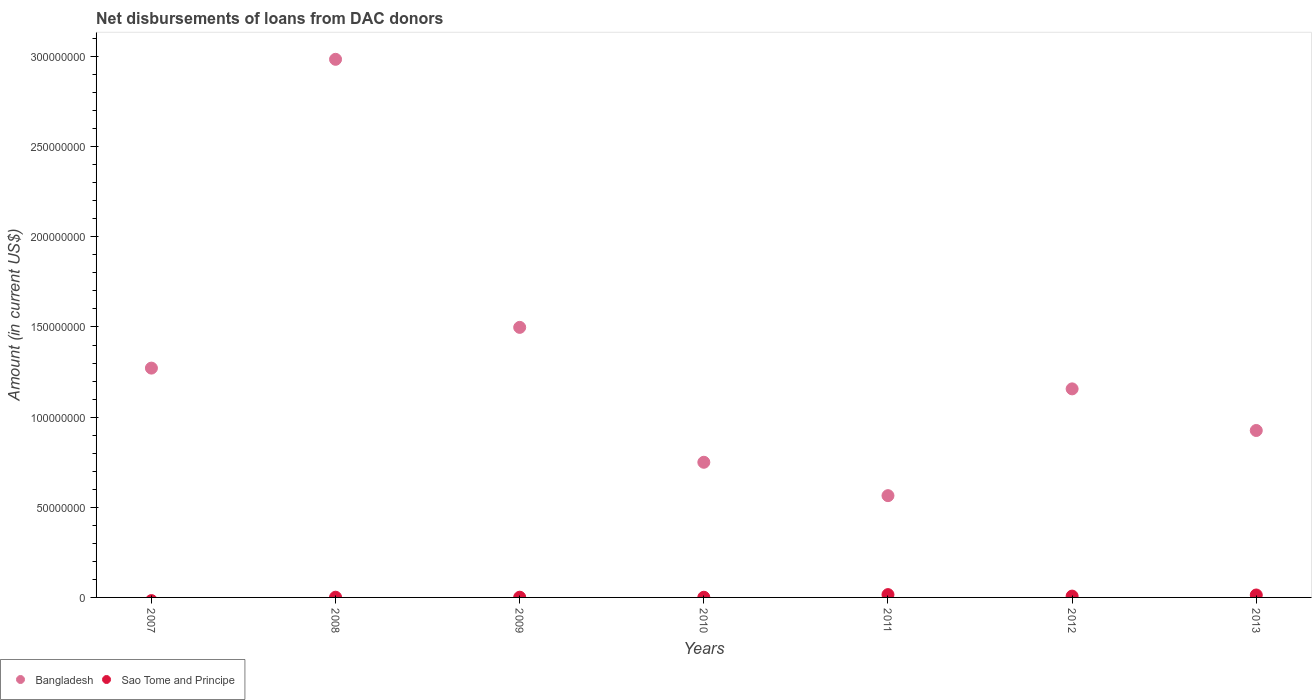
| Years | Bangladesh | Sao Tome and Principe |
 | --- | --- | --- |
 | 2007 | 1.27e+08 | -1.76e+06 |
 | 2008 | 2.98e+08 | 1.18e+05 |
 | 2009 | 1.5e+08 | 1.2e+05 |
 | 2010 | 7.5e+07 | 9.3e+04 |
 | 2011 | 5.64e+07 | 1.56e+06 |
 | 2012 | 1.16e+08 | 7.36e+05 |
 | 2013 | 9.26e+07 | 1.35e+06 |